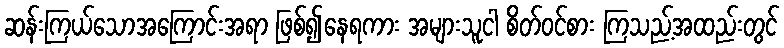
ဆန်းကြယ်သောအကြောင်းအရာ ဖြစ်၍နေရကား အများသူငါ စိတ်ဝင်စား ကြသည့်အထည်းတွင်